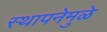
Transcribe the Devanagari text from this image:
स्थापनेमुळे